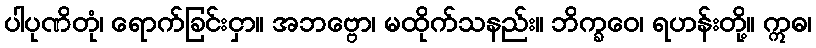
ပါပုဏိတုံ၊ ရောက်ခြင်းငှာ။ အဘဗ္ဗော၊ မထိုက်သနည်း။ ဘိက္ခဝေ၊ ရဟန်းတို့။ ဣဓ၊